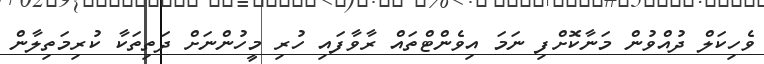
ވެހިކަލް ދުއްވުން މަނާކޮށްފި ނަމަ އިވެންޓްތައް ރާވާފައި ހުރި މީހުންނަށް ދަތިތަކާ ކުރިމަތިލާން